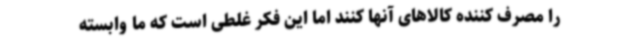
را مصرف کننده کالاهای آنها کنند اما این فکر غلطی است که ما وابسته